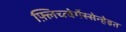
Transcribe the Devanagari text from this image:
फ़्लिच्त्वेर्गेस्सेन्हेइत